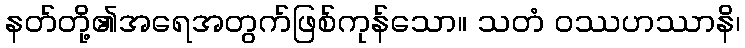
နတ်တို့၏အရေအတွက်ဖြစ်ကုန်သော။ သတံ ဝဿဟဿာနိ၊